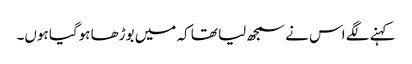
کہنے لگے اس نے سمجھ لیا تھا کہ میں بوڑھا ہوگیا ہوں۔